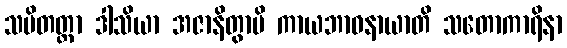
သမိတတ္တာ ဒါသိယာ အဇာနိတွာပိ ကာယဘာဝနာယာတိ သတောကာရိနာ